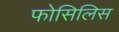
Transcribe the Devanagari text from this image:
फोसिलिस